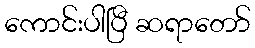
ကောင်းပါပြီ ဆရာတော်